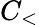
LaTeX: C_{<}